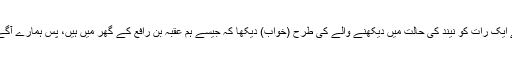
1512: سیدنا انس بن مالکؓ کہتے ہیں کہ رسول اللہﷺ نے فرمایا: میں نے ایک رات کو نیند کی حالت میں دیکھنے والے کی طرح (خواب) دیکھا کہ جیسے ہم عقبہ بن رافع کے گھر میں ہیں، پس ہمارے آگے تر کھجوریں لائی گئیں، جس کو ابن طاب کی کھجور کا نام دیا جاتا ہے۔